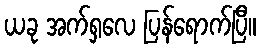
ယခု အက်ရှလေ ပြန်ရောက်ပြီ။